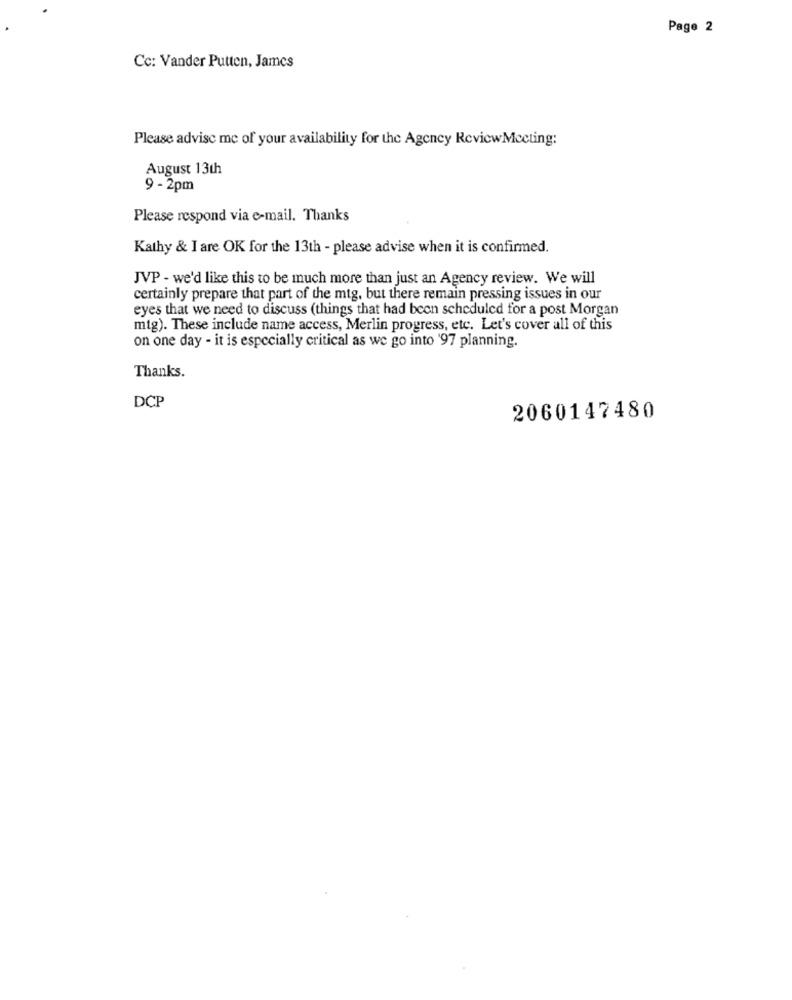
Page 2
Cc: Vander Putten, James
Please advise me of your availability for the Agency ReviewMeeting:
August 13th
9 - 2pm
Please respond via e-mail. Thanks
Kathy & I are OK for the 13th - please advise when it is confirmed.
JVP - we'd like this to be much more than just an Agency review. We will
certainly prepare that part of the mtg, but there remain pressing issues in our
eyes that we need to discuss (things that had been scheduled for a post Morgan
mtg). These include name access, Merlin progress, etc. Let's cover all of this
on one day - it is especially critical as we go into '97 planning.
Thanks.
DCP
2060147480